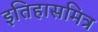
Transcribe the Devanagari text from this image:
इतिहासमित्र